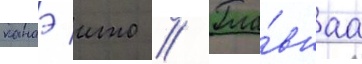
канаэ ито // Гла́внаа